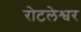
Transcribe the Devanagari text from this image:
रोटलेश्वर